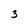
Character: 3